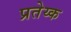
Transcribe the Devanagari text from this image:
प्रतेय्क